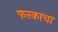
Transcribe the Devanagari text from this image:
फरकाचा